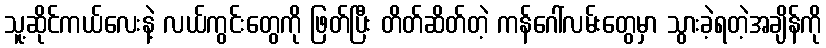
သူ့ဆိုင်ကယ်လေးနဲ့ လယ်ကွင်းတွေကို ဖြတ်ပြီး တိတ်ဆိတ်တဲ့ ကန်ဂေါ်လမ်းတွေမှာ သွားခဲ့ရတဲ့အချိန်ကို